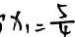
x _ { 1 } = \frac { 5 } { 4 }